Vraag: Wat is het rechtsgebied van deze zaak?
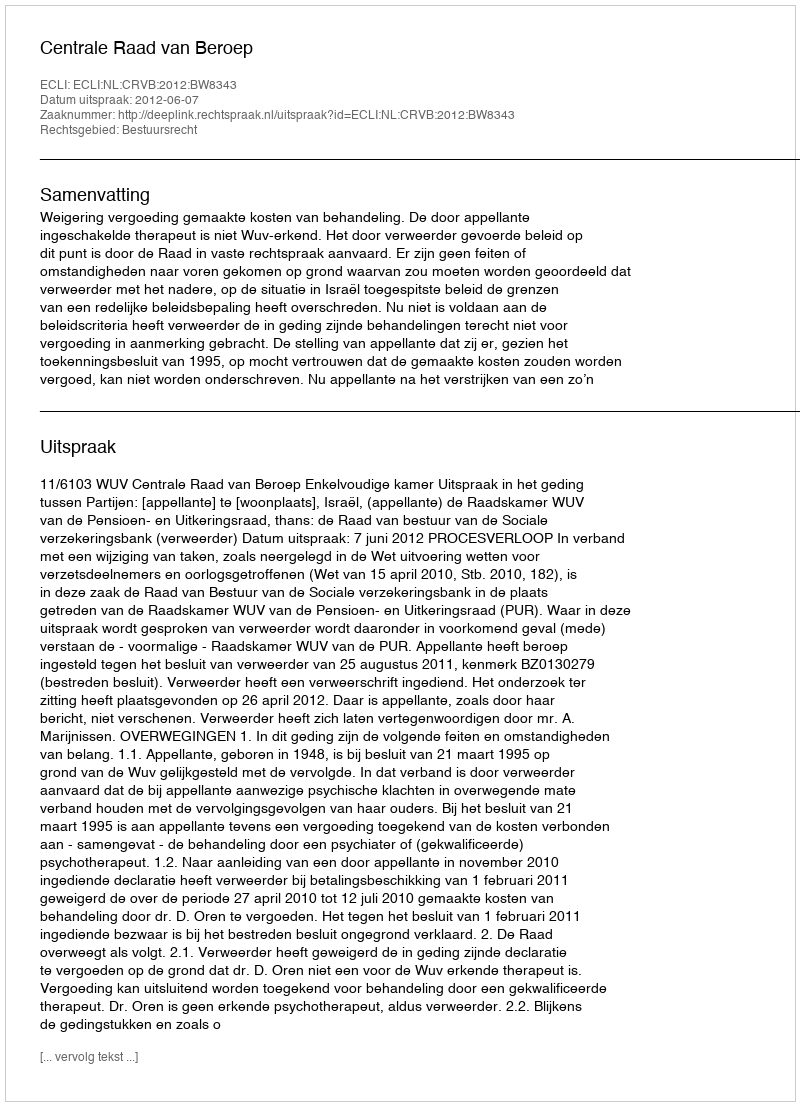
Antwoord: Bestuursrecht